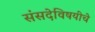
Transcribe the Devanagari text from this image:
संसदेविषयीचे